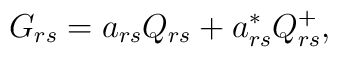
G_{rs}=a_{rs}Q_{rs}+a_{rs}^{\ast }Q_{rs}^{+},